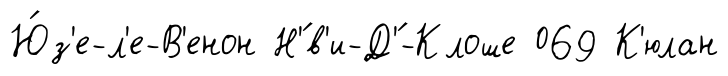
Ю́з'е-л'е-В'енон Н'́в'и-Д'́-Клоше 069 К'юлан